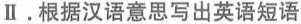
Ⅱ.根据汉语意思写出英语短语